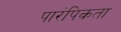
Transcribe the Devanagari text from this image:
पारंपिकता